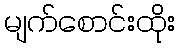
မျက်စောင်းထိုး